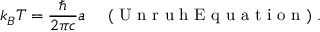
k _ { B } T = \frac { \hbar } { 2 \pi c } a \enspace \enspace \mathrm { ~ ( ~ U ~ n ~ r ~ u ~ h ~ E ~ q ~ u ~ a ~ t ~ i ~ o ~ n ~ ) ~ } .